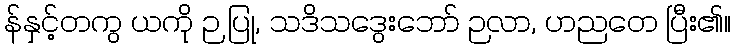
န်နှင့်တကွ ယကို ဉ ပြု, သဒိသဒွေးဘော် ဉလာ, ဟညတေ ပြီး၏။